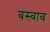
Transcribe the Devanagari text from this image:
बस्बाब